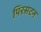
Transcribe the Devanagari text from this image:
पिंरसटन